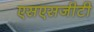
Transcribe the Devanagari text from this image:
एसएसजीटी